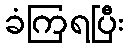
ခံကြရပြီး